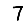
Digit: 7